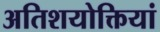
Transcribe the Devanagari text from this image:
अतिशयोक्तियां